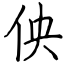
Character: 佒